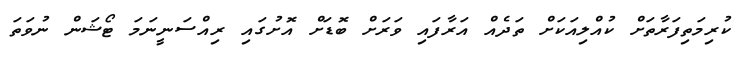
ކުރިމަތިފަރާތަށް ކުއްލިއަކަށް ތަދެއް އަރާފައި ވަރަށް ބޮޑަށް އޮށުގައި ރިއްސަނީނަމަ ޓޯޝަން ނުވަތަ